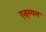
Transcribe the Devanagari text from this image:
एइरयम